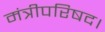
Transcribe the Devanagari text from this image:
मंत्रीपरिषद।